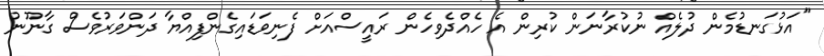
"އަޅުގަނޑުމެން ދުލެއް ނުކުރާނަން ކުރިން އެ ހެއްދެވިހެން ރައީސްއަށް ފެނިވަޑައިގެންފިއްޔާ ދަންވަރުވެސް ގާނޫނު